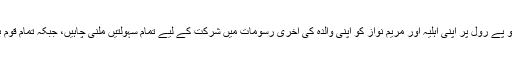
یہ سیاسی اختلافات کا موقع ہرگز نہیں نواز شریف کو پے رول پر اپنی اہلیہ اور مریم نواز کو اپنی والدہ کی آخری رسومات میں شرکت کے لیے تمام سہولتیں ملنی چاہیں، جبکہ تمام قوم بیگم کلثوم کے درجات کی بلندی کی دعاکررہی ہے۔